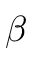
\beta